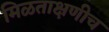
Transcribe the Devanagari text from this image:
मिळताक्षणीच